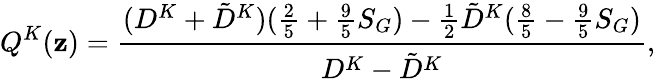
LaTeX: Q^{K}(\mathbf{z})=\frac{{(D^{K}+\tilde{{D}}^{K})(\frac{{2}}{{5}}+\frac{{9}}{{5}}S_{G})-\frac{{1}}{{2}}\tilde{{D}}^{K}(\frac{{8}}{{5}}-\frac{{9}}{{5}}S_{G})}}{{D^{K}-\tilde{{D}}^{K}}},